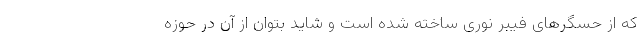
که از حسگر‌های فیبر نوری ساخته شده است و شاید بتوان از آن در حوزه